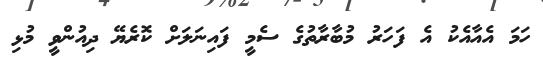
ހަމަ އެއާއެކު އެ ފަހަރު މުބާރާތުގެ ސެމީ ފައިނަލަށް ކޮރެޔޭ ދިއުންވީ މުޅި